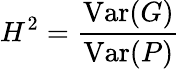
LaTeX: H^{2}={\frac{\mathrm{Var}(G)}{\mathrm{Var}(P)}}